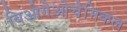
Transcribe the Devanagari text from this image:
बिओगेओचेमिकल